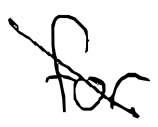
Text: for
Cross-out: diagonal
Writing tool: digital_black